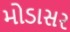
મોડાસર